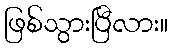
ဖြစ်သွားပြီလား။